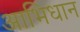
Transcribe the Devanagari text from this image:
आभिधान